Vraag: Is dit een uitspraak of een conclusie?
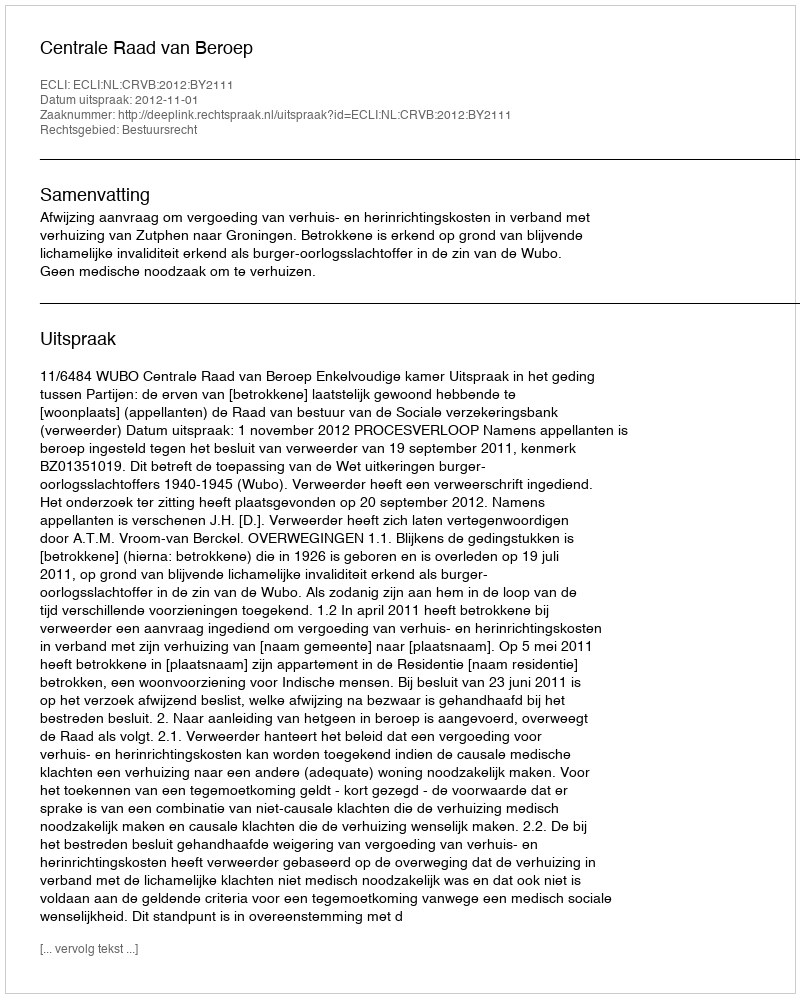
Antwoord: Uitspraak